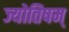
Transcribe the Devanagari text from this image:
ज्योतिषम्